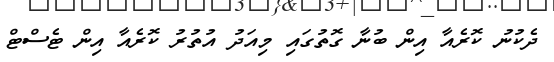
ދެކުނު ކޮރެއާ އިން ބުނާ ގޮތުގައި މިއަދު އުތުރު ކޮރެއާ އިން ޓެސްޓް